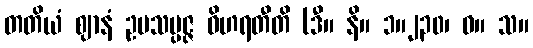
တတိယံ ဈာနံ ဥပသမ္ပဇ္ဇ ဝိဟရတီတိ (ဒီ။ နိ။ ၁။၂၃၀၊ ဓ။ သ။